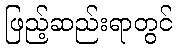
ဖြည့်ဆည်းရာတွင်